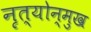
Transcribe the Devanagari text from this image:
नृत्योन्मुख